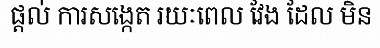
ផ្តល់ ការសង្កេត រយៈពេល វែង ដែល មិន